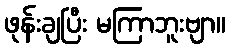
ဖုန်းချပြီး မကြာဘူးဗျာ။